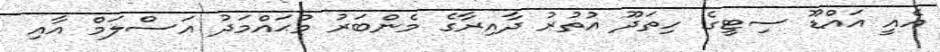
އެއީ އައްޑޫ ސިޓީގެ ހިތަދޫ އުތުރު ދާއިރާގެ މެންބަރު މުޙައްމަދު އަސްލަމް އާއި